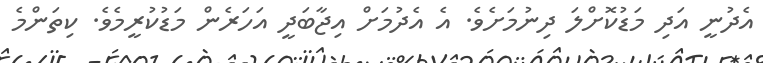
އެދުނީ އަދި މަޑުކޮށްލަ ދިނުމަށެވެ. އެ އެދުމަށް އިޖާބަދީ އަހަރެން މަޑުކުރީމެވެ. ކިތަންމެ